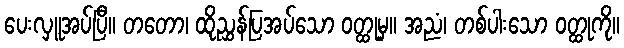
ပေးလှူအပ်ပြီ။ တတော၊ ထိုညွှန်ပြအပ်သော ဝတ္ထုမှ။ အညံ၊ တစ်ပါးသော ဝတ္ထုကို။